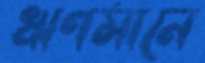
ঋণমানে